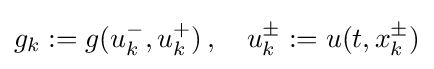
g_{k}:=g(u_{k}^{-},u_{k}^{+})\,,\quad u_{k}^{\pm }:=u(t,x_{k}^{\pm })